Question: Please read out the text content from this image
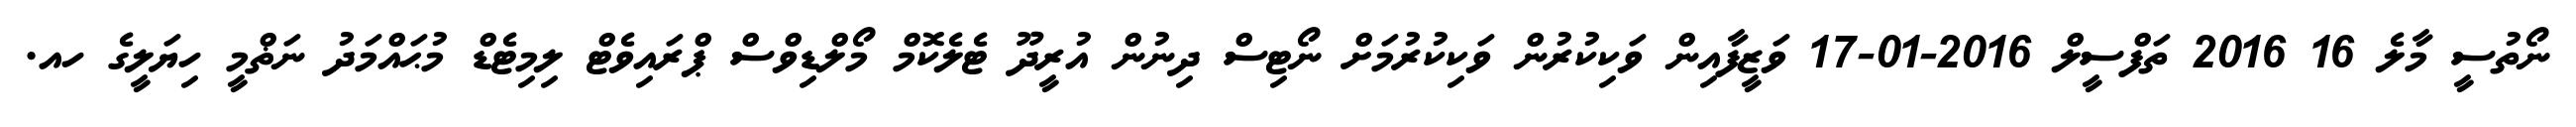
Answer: ނޯތުސީ މާލެ 16 2016 ތަފްސީލް 2016-01-17 ވަޒީފާއިން ވަކިކުރުން ވަކިކުރުމަށް ނޯޓިސް ދިނުން އުރީދޫ ޓެލެކޮމް މޯލްޑިވްސް ޕްރައިވެޓް ލިމިޓެޑް މުޙައްމަދު ނަޡްމީ ހިޔަލީގެ ހއ.